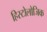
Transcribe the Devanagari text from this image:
हिस्टोलोजिक